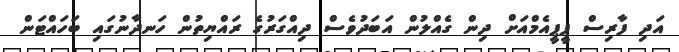
އަދި ފާރިސް ޕީޕީއެމްއަށް ދިން ގެއްލުން އަބަދުވެސް ދިއްގަރުގެ ރައްޔިތުން ހަނދާނުގައި ބަހައްޓަން